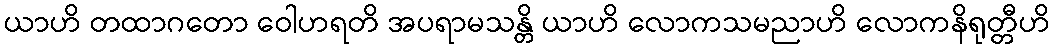
ယာဟိ တထာဂတော ဝေါဟရတိ အပရာမသန္တိ ယာဟိ လောကသမညာဟိ လောကနိရုတ္တီဟိ